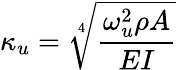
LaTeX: \kappa_{u}=\sqrt[4]{\frac{\omega_{u}^{2}\rho A}{EI}}